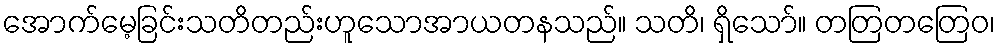
အောက်မေ့ခြင်းသတိတည်းဟူသောအာယတနသည်။ သတိ၊ ရှိသော်။ တတြတတြေဝ၊